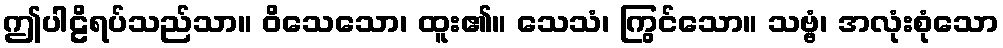
ဤပါဠိရပ်သည်သာ။ ဝိသေသော၊ ထူး၏။ သေသံ၊ ကြွင်သော။ သဗ္ဗံ၊ အလုံးစုံသော